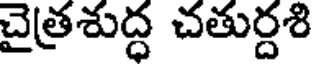
చైత్రశుద్ధ చతుర్దశి